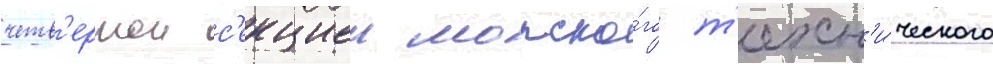
четв'ертои с'екциеи морско́го т'ехн'и́ческого